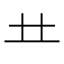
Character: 龷